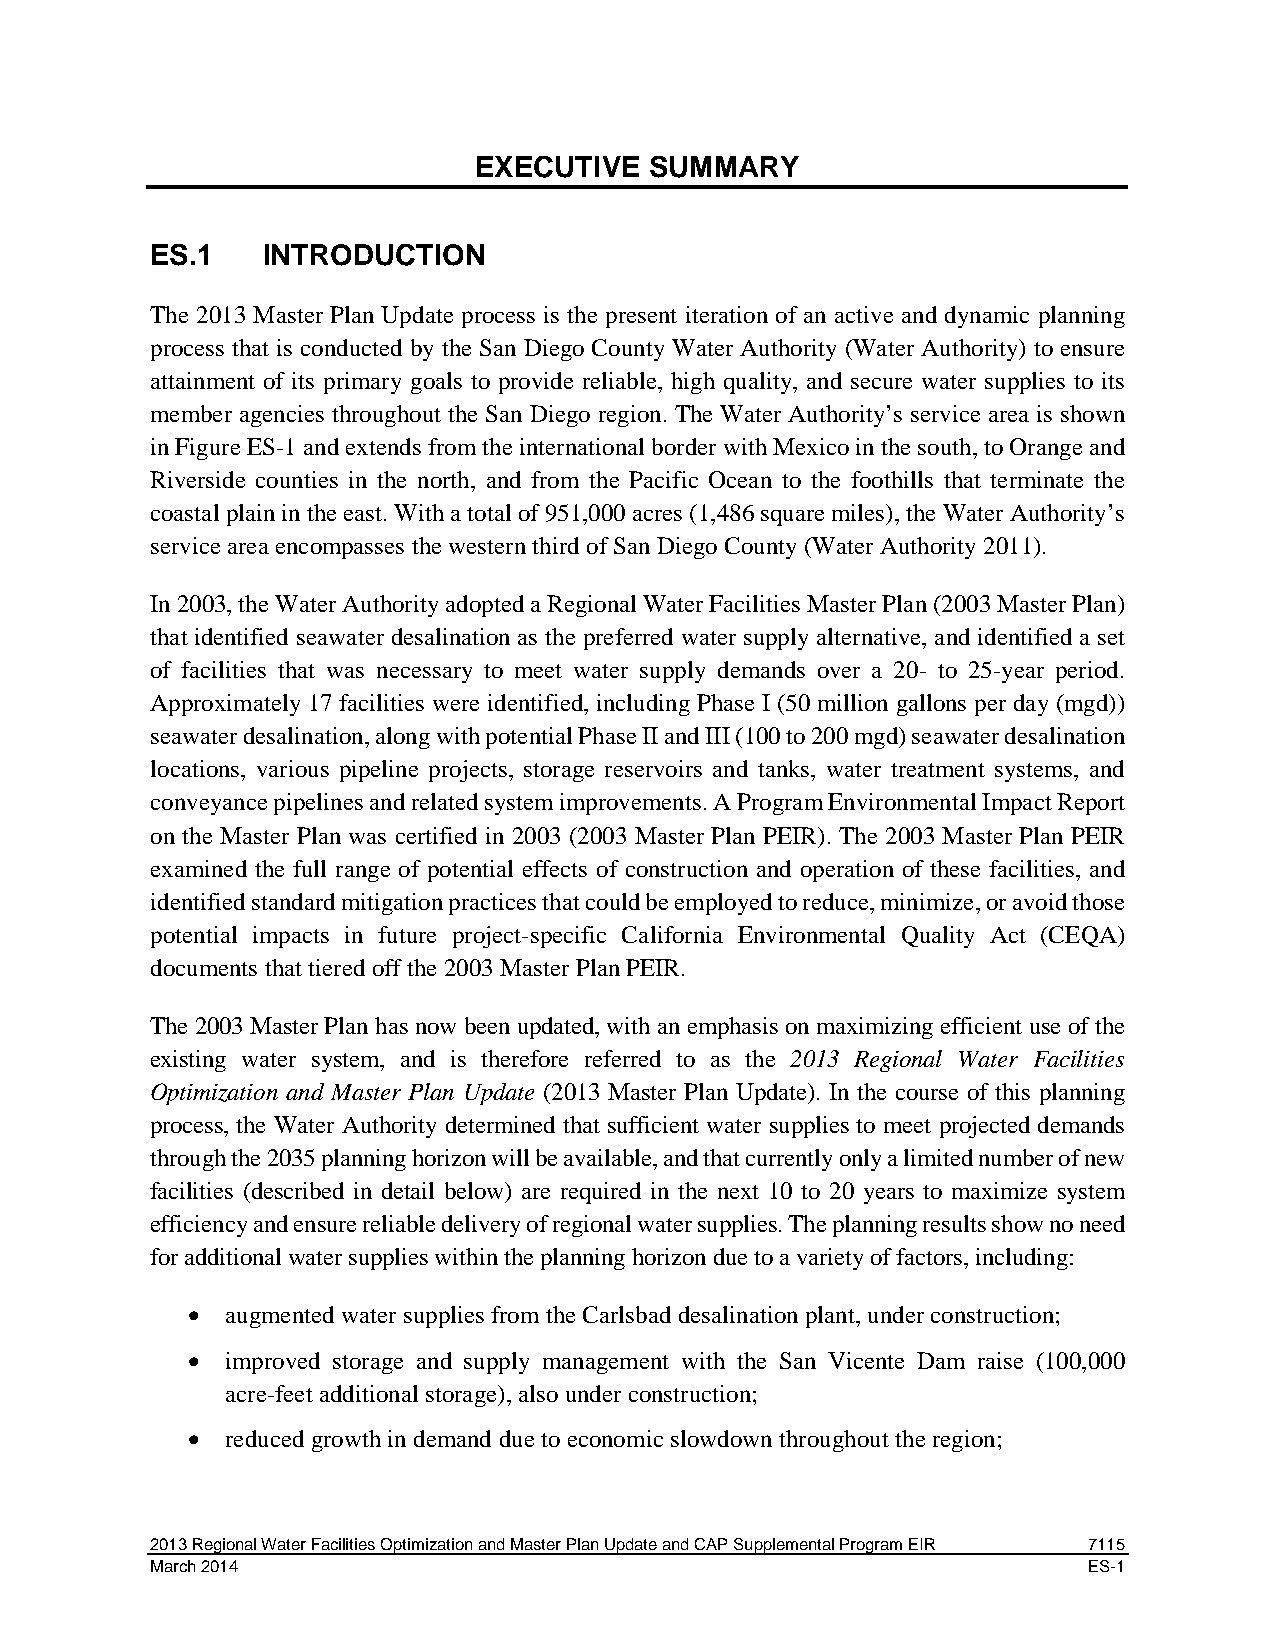
EXECUTIVE   SUMMARY
 ES.1   INTRODUCTION
 The 2013 Master Plan Update process is the present iteration of an active and dynamic planning
 process that is conducted by the San Diego County Water Authority (Water Authority) to ensure
 attainment of its primary goals to provide reliable, high quality, and secure water supplies to its
 member agencies throughout the San Diego region. The Water Authority’s service area is shown
 in Figure ES-1 and extends from the international border with Mexico in the south, to Orange and
 Riverside counties in the north, and from the Pacific Ocean to the foothills that terminate the
 coastal plain in the east. With a total of 951,000 acres (1,486 square miles), the Water Authority’s
 service area encompasses the western third of San Diego County (Water Authority 2011).
 In 2003, the Water Authority adopted a Regional Water Facilities Master Plan (2003 Master Plan)
 that identified seawater desalination as the preferred water supply alternative, and identified a set
 of facilities that was necessary to meet water supply demands over a 20- to 25-year period.
 Approximately 17 facilities were identified, including Phase I (50 million gallons per day (mgd))
 seawater desalination, along with potential Phase II and III (100 to 200 mgd) seawater desalination
 locations, various pipeline projects, storage reservoirs and tanks, water treatment systems, and
 conveyance pipelines and related system improvements. A Program Environmental Impact Report
 on the Master Plan was certified in 2003 (2003 Master Plan PEIR). The 2003 Master Plan PEIR
 examined the full range of potential effects of construction and operation of these facilities, and
 identified standard mitigation practices that could be employed to reduce, minimize, or avoid those
 potential impacts in future project-specific California Environmental Quality Act (CEQA)
 documents that tiered off the 2003 Master Plan PEIR.
 The 2003 Master Plan has now been updated, with an emphasis on maximizing efficient use of the
 existing water system, and is therefore referred to as the 2013 Regional Water Facilities
 Optimization and Master Plan Update (2013 Master Plan Update). In the course of this planning
 process, the Water Authority determined that sufficient water supplies to meet projected demands
 through the 2035 planning horizon will be available, and that currently only a limited number of new
 facilities (described in detail below) are required in the next 10 to 20 years to maximize system
 efficiency and ensure reliable delivery of regional water supplies. The planning results show no need
 for additional water supplies within the planning horizon due to a variety of factors, including:
 •  augmented water supplies from the Carlsbad desalination plant, under construction;
 •  improved storage and supply management with the San Vicente Dam raise (100,000
 acre-feet additional storage), also under construction;
 •  reduced growth in demand due to economic slowdown throughout the region;
 2013 Regional Water Facilities Optimization and Master Plan Update and CAP Supplemental Program EIR 7115
 March 2014                                                    ES-1